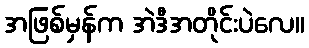
အဖြစ်မှန်က အဲဒီအတိုင်းပဲလေ။